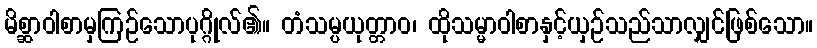
မိစ္ဆာဝါစာမှကြဉ်သောပုဂ္ဂိုလ်၏။ တံသမ္ပယုတ္တာဝ၊ ထိုသမ္မာဝါစာနှင့်ယှဉ်သည်သာလျှင်ဖြစ်သော။